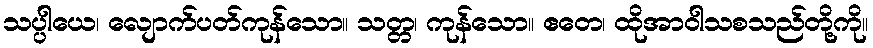
သပ္ပါယေ၊ လျောက်ပတ်ကုန်သော။ သတ္တ၊ ကုန်သော။ ဧတေ၊ ထိုအာဝါသစသည်တို့ကို။